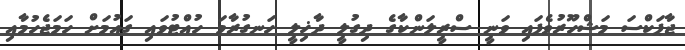
ޖާޕަކްސަ މަޝްހޫރުވެފައި ވަނީ ސްރީލަންކާގެ ދިގުލީ ދާޚިލީ ހަނގުރާމަ ހުއްޓުވައި ގައުމަށް ހަމަޖެހުމާއި